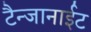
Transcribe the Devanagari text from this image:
टैन्जानाईट